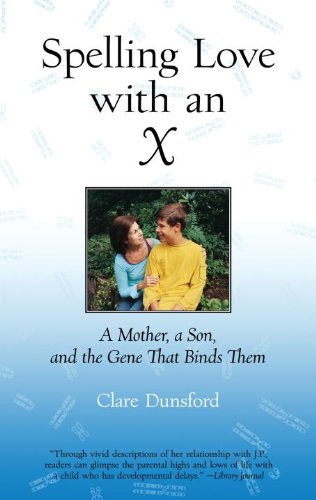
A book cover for Spelling Love with an X: A Mother, A Son, and the Gene that Binds Them; Clare Dunsford; Health, Fitness & Dieting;